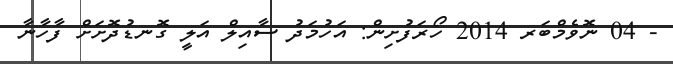
- 04 ނޮވެމްބަރ 2014 ހޯރަފުށިން: އަހުމަދު ސާއިލް އަލީ ގޮނޑުދޮށަށް ފާހާނާ